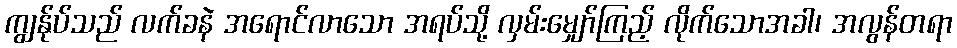
ကျွန်ုပ်သည် လက်ခနဲ အရောင်လာသော အရပ်သို့ လှမ်းမျှော်ကြည့် လိုက်သောအခါ၊ အလွန်တရာ